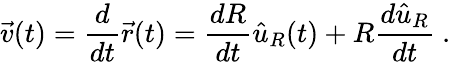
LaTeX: {\vec{v}}(t)={\frac{d}{dt}}{\vec{r}}(t)={\frac{dR}{dt}}{\hat{u}}_{R}(t)+R{\frac{d{\hat{u}}_{R}}{dt}}\ .